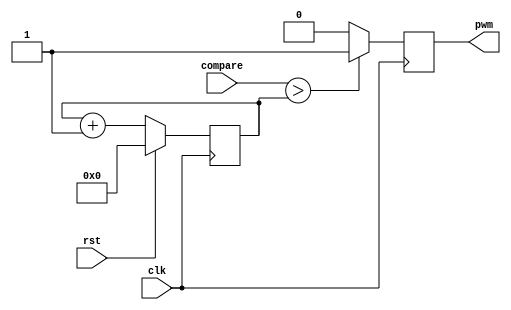
`timescale 1ns / 1ps
//////////////////////////////////////////////////////////////////////////////////
// Company: 
// Engineer: 
// 
// Design Name: 
// Module Name:    pwm 
// Project Name: 
// Target Devices: 
// Tool versions: 
// Description: 
//
// Dependencies: 
//
// Revision: 
// Revision 0.01 - File Created
// Additional Comments: 
//
//////////////////////////////////////////////////////////////////////////////////
module pwm #(parameter CTR_LEN = 8)(
	input clk,
	input rst,
	input [CTR_LEN - 1:0] compare,
	output pwm
 );
 
 reg pwm_d, pwm_q;
 reg [CTR_LEN - 1:0] ctr_d, ctr_q;
 
 assign pwm = pwm_q;
 
 always @(*) begin
	ctr_d = ctr_q + 1'b1;
	
	if (compare > ctr_q)
		pwm_d = 1'b1;
	else 
		pwm_d = 1'b0;
	end
	
always @(posedge clk) begin
	if (rst) begin
		ctr_q <= 1'b0;
	end else begin
		ctr_q <= ctr_d;
	end
	
	pwm_q <= pwm_d;
end

endmodule